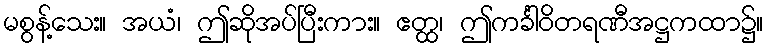
မစွန့်သေး။ အယံ၊ ဤဆိုအပ်ပြီးကား။ ဧတ္ထ၊ ဤကင်္ခါဝိတရဏီအဋ္ဌကထာ၌။